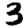
Digit: 3